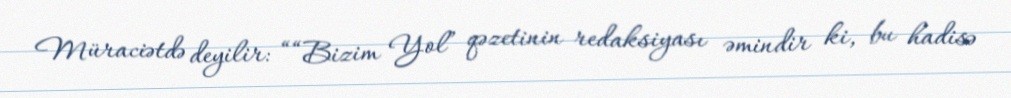
Müraciətdə deyilir: ““Bizim Yol” qəzetinin redaksiyası əmindir ki, bu hadisə